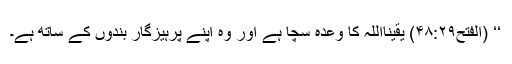
‘‘ (الفتح۴۸:۲۹) یقیناًاللہ کا وعدہ سچا ہے اور وہ اپنے پرہیزگار بندوں کے ساتھ ہے۔